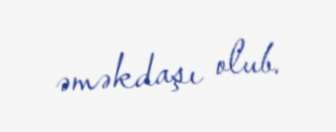
əməkdaşı olub.